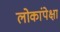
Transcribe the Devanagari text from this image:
लोकांपेक्षा